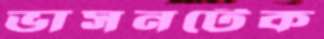
ভাসনটেক